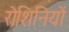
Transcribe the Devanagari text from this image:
रोशिनियों